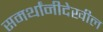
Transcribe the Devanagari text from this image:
समर्थांनीदेखील